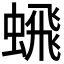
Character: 𬠞